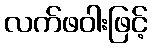
လက်ဖဝါးဖြင့်